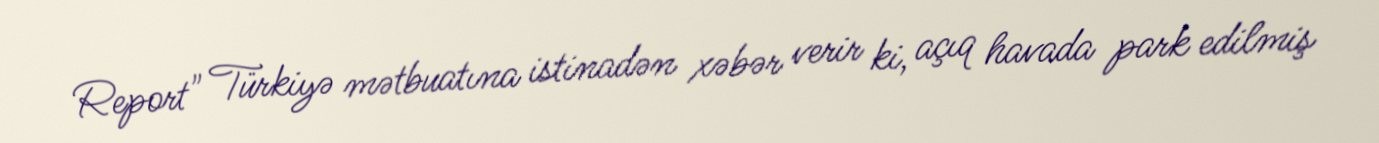
Report" Türkiyə mətbuatına istinadən xəbər verir ki, açıq havada park edilmiş